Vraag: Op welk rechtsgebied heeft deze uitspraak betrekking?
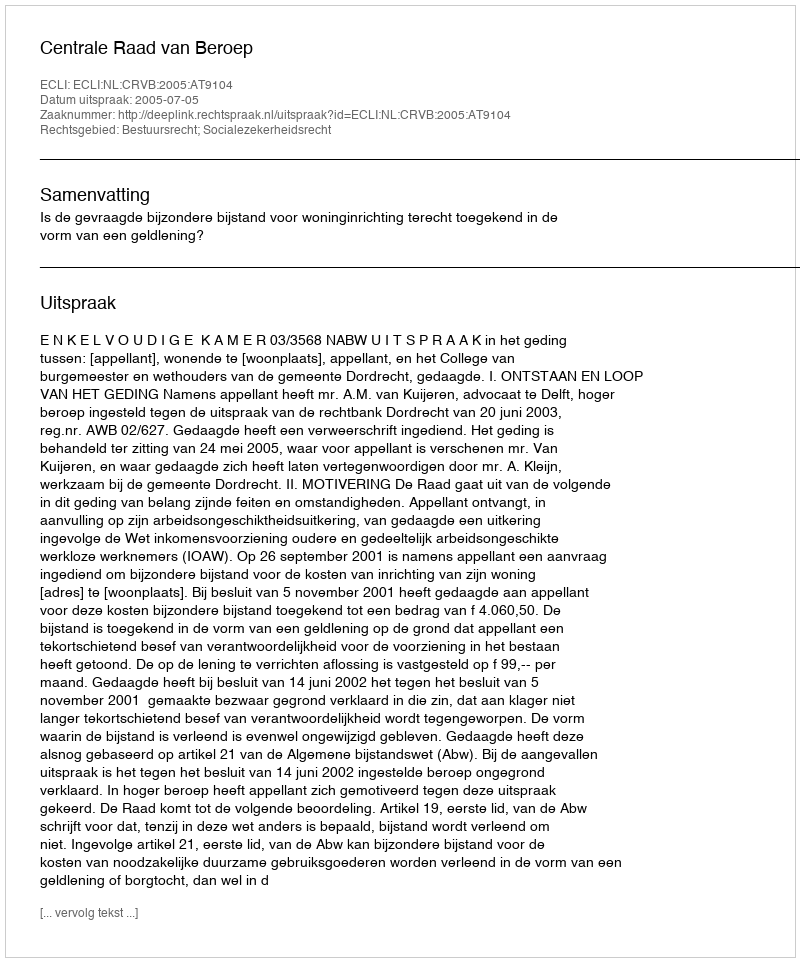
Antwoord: Bestuursrecht; Socialezekerheidsrecht